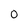
Character: 0